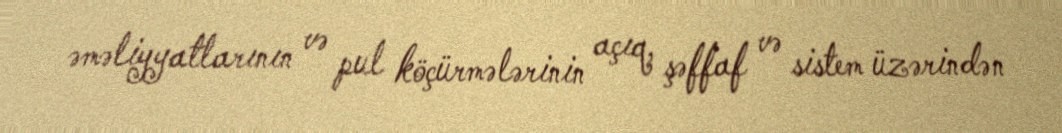
əməliyyatlarının və pul köçürmələrinin açıq, şəffaf və sistem üzərindən